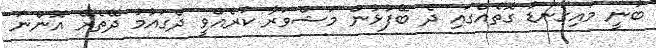
ބުނީ މައިގަނޑު ގޮތެއްގައި ދެ ބޭފުޅުން މަޝްވަރާ ކުރެއްވީ ދެގައުމު ދޭތެރޭ އޮންނަ